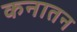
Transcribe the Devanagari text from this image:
कनातन